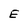
Character: e